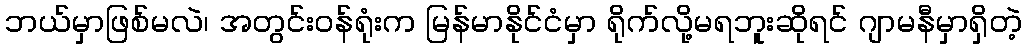
ဘယ်မှာဖြစ်မလဲ၊ အတွင်းဝန်ရုံးက မြန်မာနိုင်ငံမှာ ရိုက်လို့မရဘူးဆိုရင် ဂျာမနီမှာရှိတဲ့